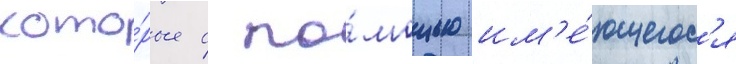
кото́рые с по́мощью им'е́ющегос'я